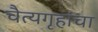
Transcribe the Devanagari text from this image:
चैत्यगृहांचा